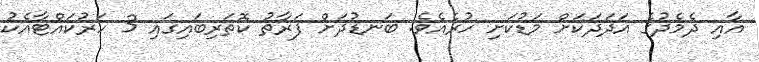
އާއި ދެމެދުގެ އަދަދަކަށް މަޑުކަށި ހުރެއެވެ. ބަނޑުދަށް ފަރާތު ކޮތަރިބައިގައި 3 ހަރުކައްޓާއެކު